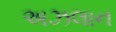
અઝલાન